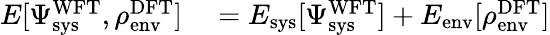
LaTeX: \begin{array}{rl}{E[\Psi_{\textrm{sys}}^{\textrm{WFT}},\rho_{\textrm{env}}^{\textrm{DFT}}]}&{{}=E_{\textrm{sys}}[\Psi_{\textrm{sys}}^{\textrm{WFT}}]+E_{\textrm{env}}[\rho_{\textrm{env}}^{\textrm{DFT}}]}\end{array}